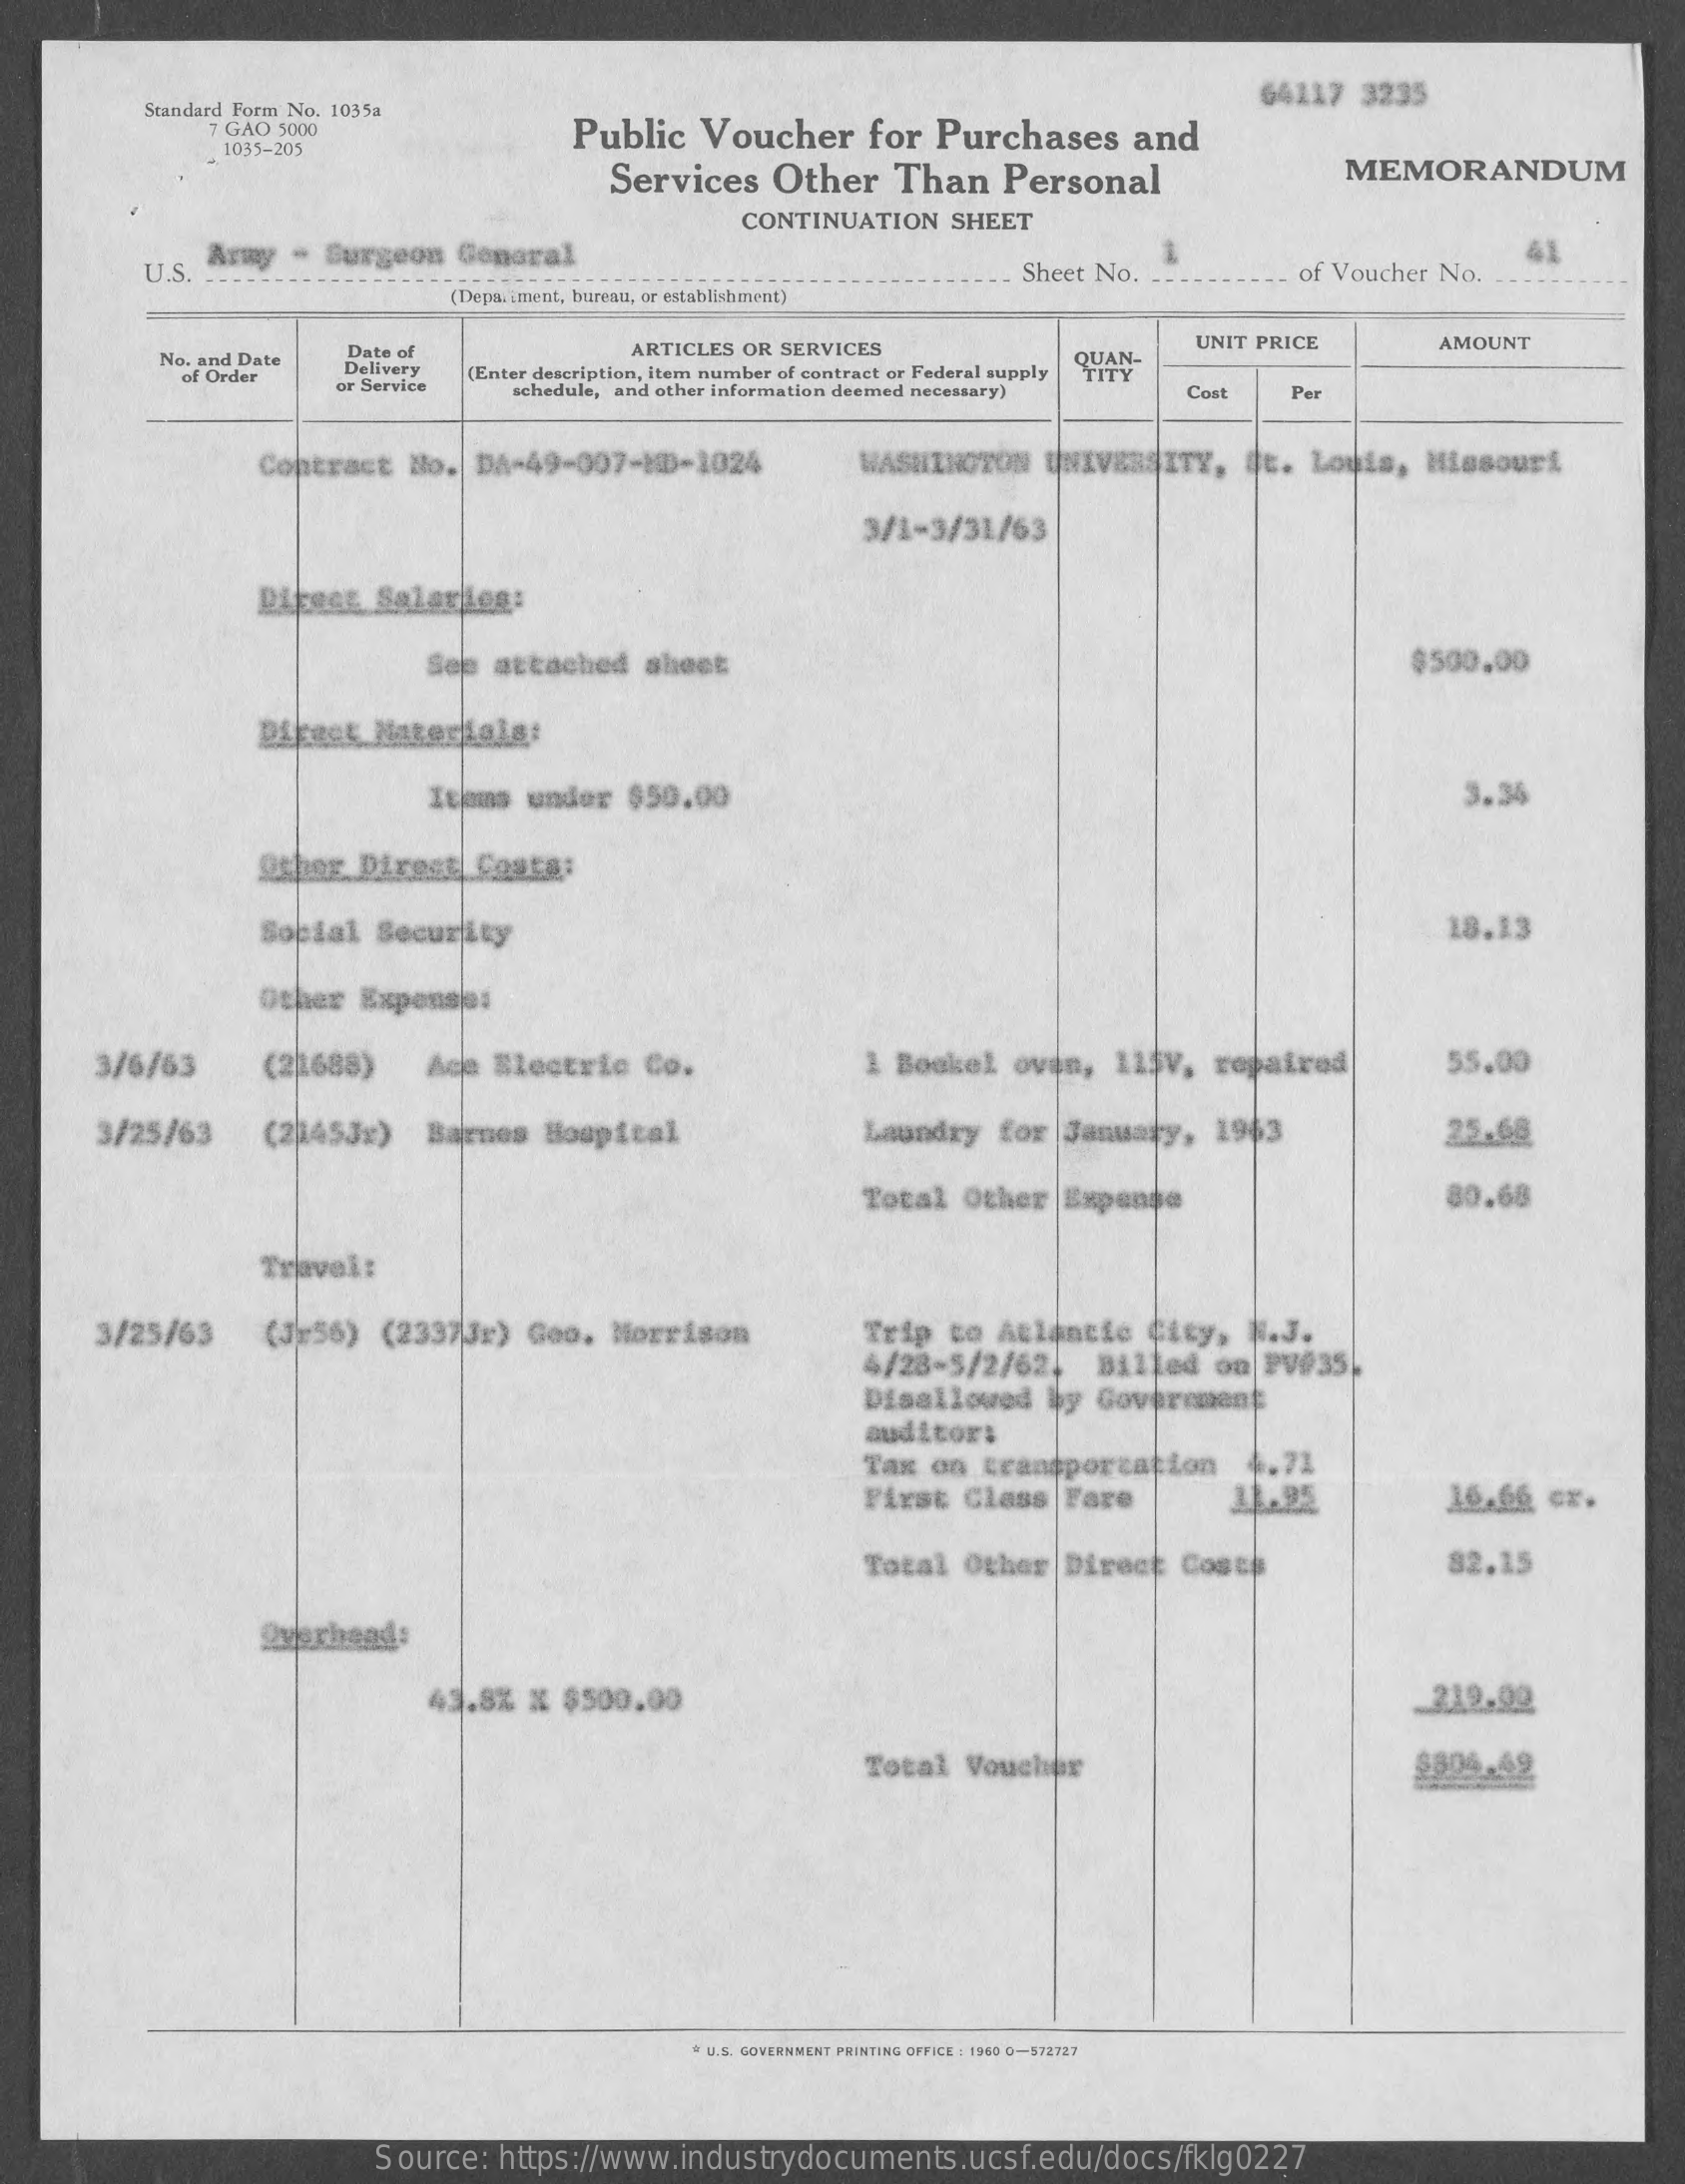
Standard Form No. 1035a
     64117 3235
     7 GÃO 5000    Public Voucher for Purchases and
     1035-205
     Services Other Than Personal    MEMORANDUM
     CONTINUATION SHEET
     U.S Army - Surgeon General
     Sheet No.    of Voucher No.
     41
     (Depaiment, bureau, or establishment)
     No. and Date
     Date of    ARTICLES OR SERVICES    UNIT PRICE  AMOUNT
     of Order Delivery
     or Service
     (Enter description, item number of contract or Federal supply QUAN-
     schedule, and other information deemed necessary) Coat Per
     Contract No. DA-49-007-ND-1024 WASHINGTON UNIVERSITY, Je. Louis, Missouri
     3/1-3/31/63
     Direct Salariog:
     See attached sheet    $500.00
     Direct. Materials:
     Itjoms under $50.00    3.36
     Ospor. Direct Costa:
     Social Security    18.13
     Other Expenses
     3/6/63  (2 1688) Ace Electric Co.    1 Boskel oven, 115V, repaired 55.00
     3/25/63 (2)145Jx) Barnes Hospital    Laundry for January, 1963    25.68
     Total Other Expense    80.68
     Travel:
     3/25/63 (Jr56) (23373r) Geo. Morrison  Trip to Atlantic City, N.J.
     4/28-5/2/624 Billed on PV#35.
     Disallowed by Government
     auditor:
     Tax on transportation 4.71
     First Class Fare   11.25
     Total Other Direct Costs    82.15
     Overhead:
     43.8% % $500.00    219.90
     Total Voucher    $804.49
     " U.S. GOVERNMENT PRINTING OFFICE : 1960 0-572727
     Source: https://www.industrydocuments.ucsf.edu/docs/fklg0227